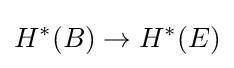
H^{*}(B)\to H^{*}(E)